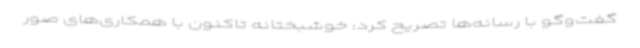
گفت‌وگو با رسانه‌ها تصریح کرد: خوشبختانه تاکنون با همکاری‌های صور